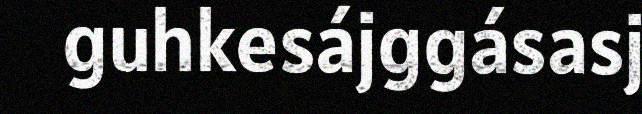
guhkesájggásasj